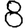
Digit: 8